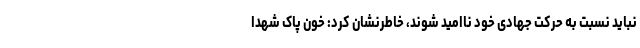
نباید نسبت به حرکت جهادی خود ناامید شوند، خاطرنشان کرد: خون پاک شهدا